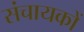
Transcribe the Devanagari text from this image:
संचायकों